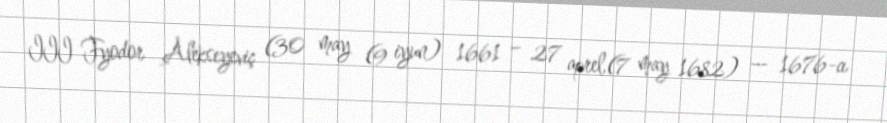
III Fyodor Alekseyeviç (30 may (9 iyun) 1661 – 27 aprel,(7 may 1682) — 1676-cı